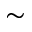
\sim